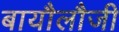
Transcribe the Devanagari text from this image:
बायौलौजी